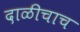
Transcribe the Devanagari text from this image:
दाळीचाच